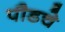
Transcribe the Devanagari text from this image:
पौडचे